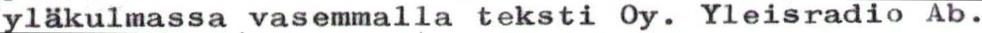
yläkulmassa vasemmalla teksti Oy. Yleisradio Ab.